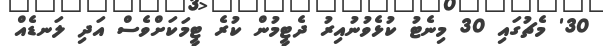
30' މެޗުގައި 30 މިނެޓު ކުޅެވުނުއިރު ދެޓީމުން ކުރެ ޓީމަކަށްވެސް އަދި ލަނޑެއް